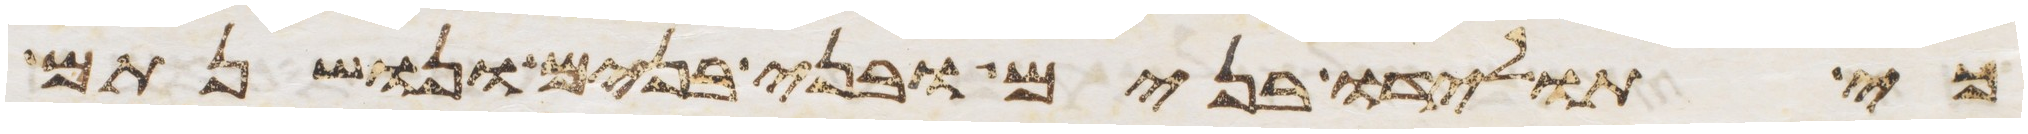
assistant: כי תולידו בנים ובני בנים ונושנתם